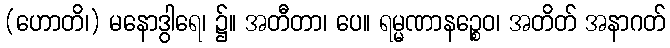
(ဟောတိ၊) မနောဒွါရေ၊ ၌။ အတီတာ၊ ပေ။ ရမ္မဏာနဉ္စေဝ၊ အတိတ် အနာဂတ်